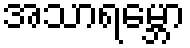
အသာရမ္ဘော